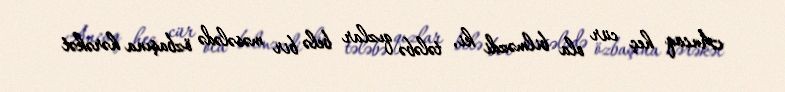
Ancaq heç cür ola bilməzdi ki, tələbə qızlar belə bir məsələdə özbaşına hərəkət